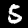
Label: 5